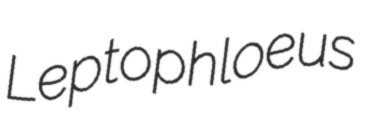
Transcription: Leptophloeus